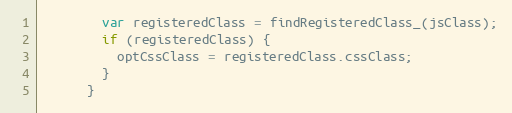
Language: JavaScript
        var registeredClass = findRegisteredClass_(jsClass);
        if (registeredClass) {
          optCssClass = registeredClass.cssClass;
        }
      }